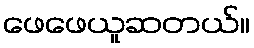
ဖေဖေယူဆတယ်။